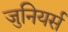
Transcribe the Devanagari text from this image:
जुनियर्स